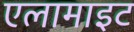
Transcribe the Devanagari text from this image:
एलामाइट